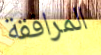
المرافقة